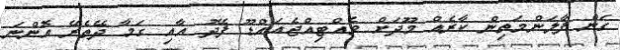
ގަން ފާލަންމަތިން ކާރެއް މޫދަށް ވެއްޓިއްޖެއައްޑޫ ފޭދު އާއި ގަމާ ދޭތެރޭ އޮންނަ